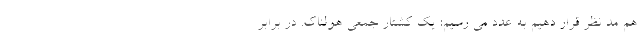
هم مد نظر قرار دهیم به عدد می رسیم: یک کشتار جمعی هولناک. در برابر